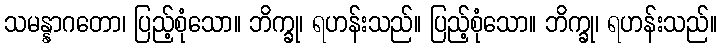
သမန္နာဂတော၊ ပြည့်စုံသော။ ဘိက္ခု၊ ရဟန်းသည်။ ပြည့်စုံသော။ ဘိက္ခု၊ ရဟန်းသည်။